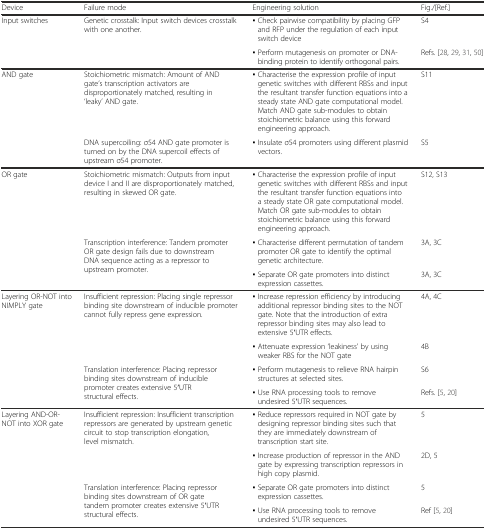
<table><thead><tr><td><b>Device</b></td><td><b>Failure mode</b></td><td><b>Engineering solution</b></td><td><b>Fig./[Ref.]</b></td></tr></thead><tbody><tr><td rowspan="2">Input switches</td><td rowspan="2">Genetic crosstalk: Input switch devices crosstalk with one another.</td><td>▪ Check pairwise compatibility by placing GFP and RFP under the regulation of each input switch device</td><td>S4</td></tr><tr><td>▪ Perform mutagenesis on promoter or DNA-binding protein to identify orthogonal pairs.</td><td>Refs. [28, 29, 31, 50]</td></tr><tr><td rowspan="2">AND gate</td><td>Stoichiometric mismatch: Amount of AND gate’s transcription activators are disproportionately matched, resulting in ‘leaky’ AND gate.</td><td>▪ Characterise the expression profile of input genetic switches with different RBSs and input the resultant transfer function equations into a steady state AND gate computational model. Match AND gate sub-modules to obtain stoichiometric balance using this forward engineering approach.</td><td>S11</td></tr><tr><td>DNA supercoiling: σ54 AND gate promoter is turned on by the DNA supercoil effects of upstream σ54 promoter.</td><td>▪ Insulate σ54 promoters using different plasmid vectors.</td><td>S5</td></tr><tr><td rowspan="3">OR gate</td><td>Stoichiometric mismatch: Outputs from input device I and II are disproportionately matched, resulting in skewed OR gate.</td><td>▪ Characterise the expression profile of input genetic switches with different RBSs and input the resultant transfer function equations into a steady state OR gate computational model. Match OR gate sub-modules to obtain stoichiometric balance using this forward engineering approach.</td><td>S12, S13</td></tr><tr><td rowspan="2">Transcription interference: Tandem promoter OR gate design fails due to downstream DNA sequence acting as a repressor to upstream promoter.</td><td>▪ Characterise different permutation of tandem promoter OR gate to identify the optimal genetic architecture.</td><td>3A, 3C</td></tr><tr><td>▪ Separate OR gate promoters into distinct expression cassettes.</td><td>3A, 3C</td></tr><tr><td rowspan="4">Layering OR-NOT into NIMPLY gate</td><td rowspan="2">Insufficient repression: Placing single repressor binding site downstream of inducible promoter cannot fully repress gene expression.</td><td>▪ Increase repression efficiency by introducing additional repressor binding sites to the NOT gate. Note that the introduction of extra repressor binding sites may also lead to extensive 5′UTR effects.</td><td>4A, 4C</td></tr><tr><td>▪ Attenuate expression ‘leakiness’ by using weaker RBS for the NOT gate</td><td>4B</td></tr><tr><td rowspan="2">Translation interference: Placing repressor binding sites downstream of inducible promoter creates extensive 5′UTR structural effects.</td><td>▪ Perform mutagenesis to relieve RNA hairpin structures at selected sites.</td><td>S6</td></tr><tr><td>▪ Use RNA processing tools to remove undesired 5′UTR sequences.</td><td>Refs. [5, 20]</td></tr><tr><td rowspan="4">Layering AND-OR-NOT into XOR gate</td><td rowspan="2">Insufficient repression: Insufficient transcription repressors are generated by upstream genetic circuit to stop transcription elongation, level mismatch.</td><td>▪ Reduce repressors required in NOT gate by designing repressor binding sites such that they are immediately downstream of transcription start site.</td><td>5</td></tr><tr><td>▪ Increase production of repressor in the AND gate by expressing transcription repressors in high copy plasmid.</td><td>2D, 5</td></tr><tr><td rowspan="2">Translation interference: Placing repressor binding sites downstream of OR gate tandem promoter creates extensive 5′UTR structural effects.</td><td>▪ Separate OR gate promoters into distinct expression cassettes.</td><td>5</td></tr><tr><td>▪ Use RNA processing tools to remove undesired 5′UTR sequences.</td><td>Ref [5, 20]</td></tr></tbody></table>